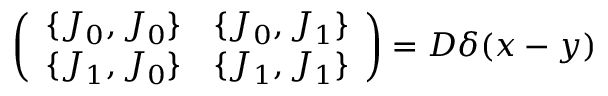
\left( \begin{array} { c c } { { \{ J _ { 0 } , J _ { 0 } \} } } & { { \{ J _ { 0 } , J _ { 1 } \} } } \\ { { \{ J _ { 1 } , J _ { 0 } \} } } & { { \{ J _ { 1 } , J _ { 1 } \} } } \end{array} \right) = { \cal D } \delta ( x - y )